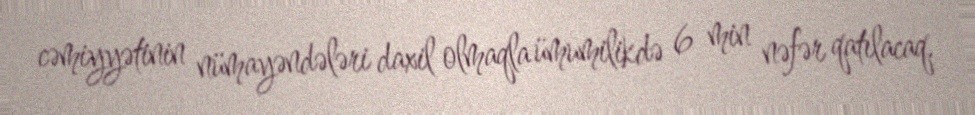
cəmiyyətinin nümayəndələri daxil olmaqla ümumilikdə 6 min nəfər qatılacaq.